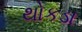
થોકડા